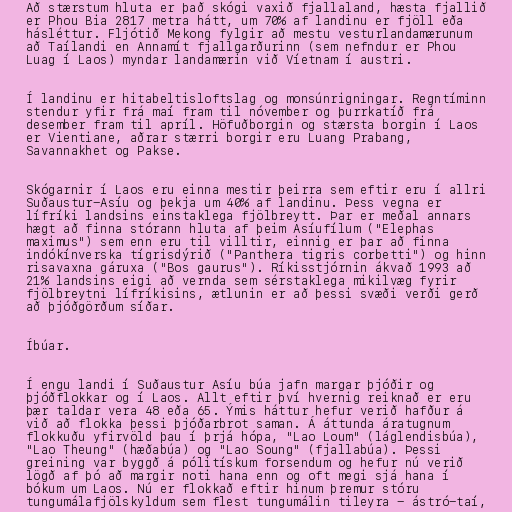
Að stærstum hluta er það skógi vaxið fjallaland, hæsta fjallið
er Phou Bia 2817 metra hátt, um 70% af landinu er fjöll eða
hásléttur. Fljótið Mekong fylgir að mestu vesturlandamærunum
að Taílandi en Annamít fjallgarðurinn (sem nefndur er Phou
Luag í Laos) myndar landamærin við Víetnam í austri.

Í landinu er hitabeltisloftslag og monsúnrigningar. Regntíminn
stendur yfir frá maí fram til nóvember og þurrkatíð frá
desember fram til apríl. Höfuðborgin og stærsta borgin í Laos
er Vientiane, aðrar stærri borgir eru Luang Prabang,
Savannakhet og Pakse.

Skógarnir í Laos eru einna mestir þeirra sem eftir eru í allri
Suðaustur-Asíu og þekja um 40% af landinu. Þess vegna er
lífríki landsins einstaklega fjölbreytt. Þar er meðal annars
hægt að finna stórann hluta af þeim Asíufílum ("Elephas
maximus") sem enn eru til villtir, einnig er þar að finna
indókínverska tígrisdýrið ("Panthera tigris corbetti") og hinn
risavaxna gáruxa ("Bos gaurus"). Ríkisstjórnin ákvað 1993 að
21% landsins eigi að vernda sem sérstaklega mikilvæg fyrir
fjölbreytni lífríkisins, ætlunin er að þessi svæði verði gerð
að þjóðgörðum síðar.

Íbúar.

Í engu landi í Suðaustur Asíu búa jafn margar þjóðir og
þjóðflokkar og í Laos. Allt eftir því hvernig reiknað er eru
þær taldar vera 48 eða 65. Ýmis háttur hefur verið hafður á
við að flokka þessi þjóðarbrot saman. Á áttunda áratugnum
flokkuðu yfirvöld þau í þrjá hópa, "Lao Loum" (láglendisbúa),
"Lao Theung" (hæðabúa) og "Lao Soung" (fjallabúa). Þessi
greining var byggð á pólitískum forsendum og hefur nú verið
lögð af þó að margir noti hana enn og oft megi sjá hana í
bókum um Laos. Nú er flokkað eftir hinum þremur stóru
tungumálafjölskyldum sem flest tungumálin tileyra - ástró-taí,